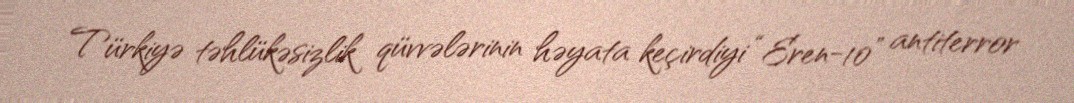
Türkiyə təhlükəsizlik qüvvələrinin həyata keçirdiyi “Eren-10” antiterror